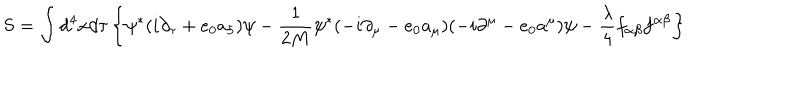
\mathrm { S } = \int d ^ { 4 } x d \tau \left\{ \psi ^ { * } ( i \partial _ { \tau } + e _ { 0 } a _ { 5 } ) \psi - \frac { 1 } { 2 M } \psi ^ { * } ( - i \partial _ { \mu } - e _ { 0 } a _ { \mu } ) ( - i \partial ^ { \mu } - e _ { 0 } a ^ { \mu } ) \psi - \frac { \lambda } { 4 } f _ { \alpha \beta } f ^ { \alpha \beta } \right\}